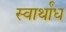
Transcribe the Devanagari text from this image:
स्वार्थांध